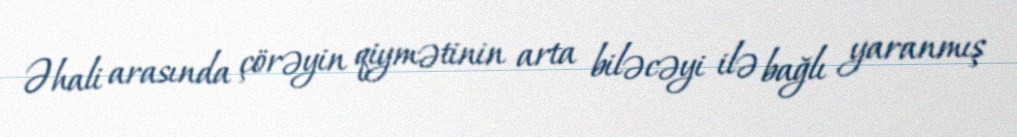
Əhali arasında çörəyin qiymətinin arta biləcəyi ilə bağlı yaranmış